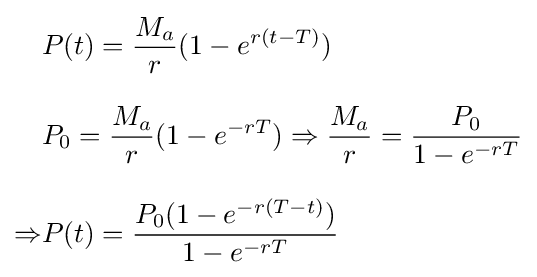
{\begin{aligned}&P(t)={\frac {M_{a}}{r}}(1-e^{r(t-T)})\\[8pt]&P_{0}={\frac {M_{a}}{r}}(1-e^{-rT})\Rightarrow {\frac {M_{a}}{r}}={\frac {P_{0}}{1-e^{-rT}}}\\[8pt]\Rightarrow &P(t)={\frac {P_{0}(1-e^{-r(T-t)})}{1-e^{-rT}}}\end{aligned}}